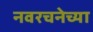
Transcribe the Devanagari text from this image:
नवरचनेच्या